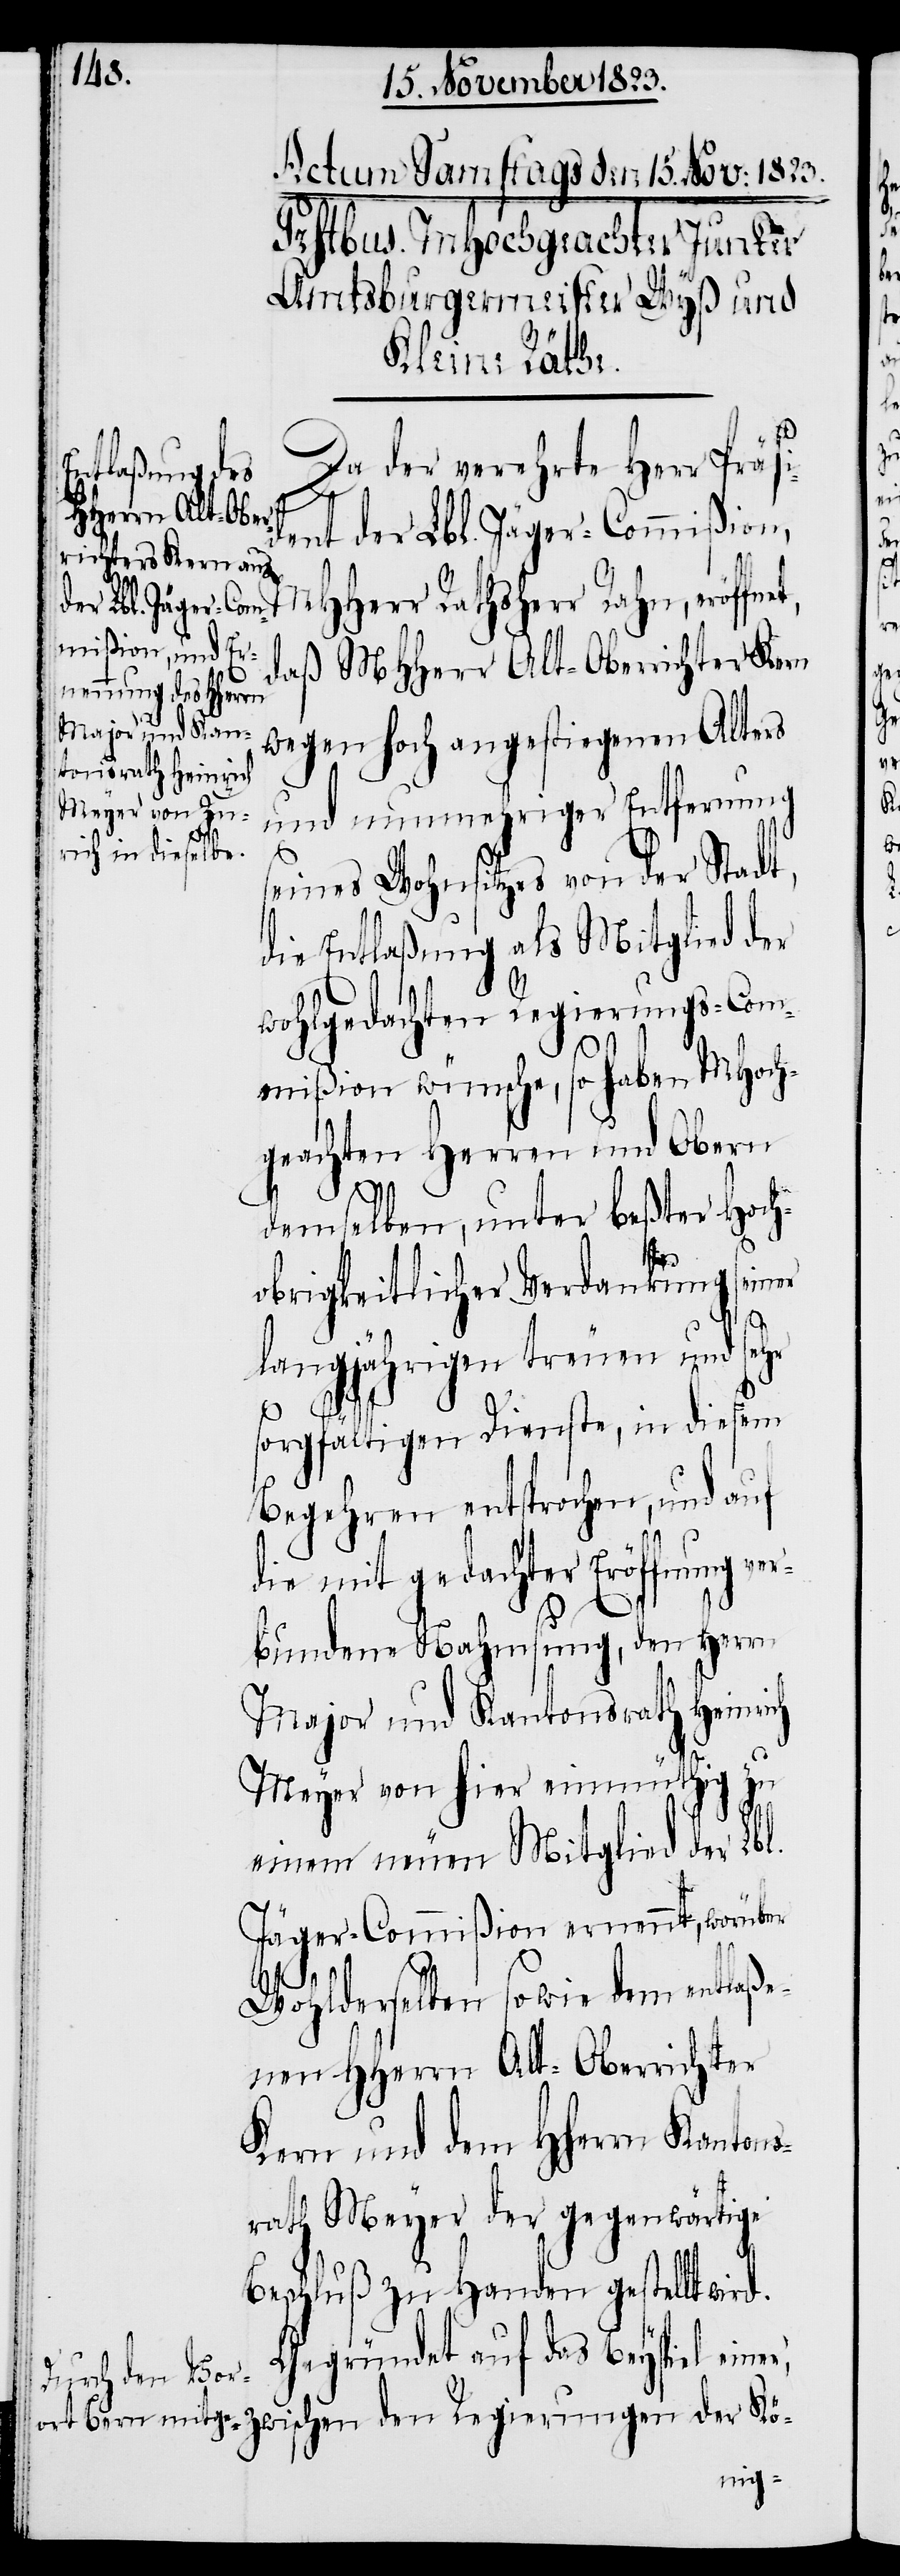
Da der verehrte Herr Präsi¬
dent der Lbl. Jäger-Commißion,
daß MHHerr Alt-Oberrichter Kern
wegen hoch angestiegenem Alters
und nunmehriger Entfernung
seines Wohnsitzes von der Stadt,
die Entlaßung als Mitglied der
r,
wohlgedachten Regierungs-Com¬
mißion wünsche, so haben MHoch¬
geachten Herren und Obern
demselben, unter beßter Hoch¬
obrigkeitlicher Verdankung sein¬
langjährigen treuen und sehr
sorgfältigen Dienste, in diesem
Begehren entsprochen, und auf
die mit gedachter Eröffnung ver¬
bundene Nahmsung, den Herrn
Major und Kantonsrath Heinrich
Meyer von hier einmüthig zu
einem neuen Mitglied der Lbl.
Jäger-Commißion ernennt, worüber
der
Wohlderselben sowie dem entlaße¬
nen HHerrn Alt-Oberrichter
Kern und dem HHerrn Kantons¬
rath Meyer der gegenwärtige
Beschluß zu Handen gestellt wird.
Gegründet auf das Beyspiel eine¬